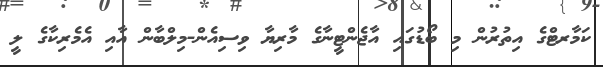
ކަމާރޓްގެ އިތުރުން މި ބޯޑުގައި އާޖެންޓީނާގެ މާރިޔާ ވިސިއެން-މިލްބާން އާއި އެމެރިކާގެ ލީ